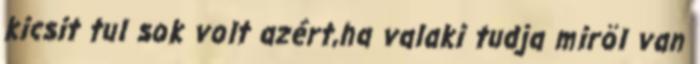
kicsit tul sok volt azért,ha valaki tudja miröl van